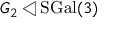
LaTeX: G _ { 2 } \triangleleft \mathrm { S G a l } ( 3 )